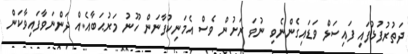
ދަތުރުފުޅުފައި ފައިސަލް ވަޑައިގެންނެވި ނުވަ ރަށުން ވެސް އެމަނިކުފާނަން ހޫނު މަރުޙަބާއެއް ދަންނަވާފައިވާކަން